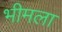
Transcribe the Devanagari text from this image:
भीमला